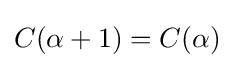
C(\alpha +1)=C(\alpha )